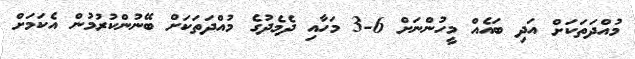
މުއްދަތަކަށް އަދި ބައެއް މީހުންނަށް 6-3 މަހާއި ދެމެދުގެ މުއްދަތަކަށް ބޭނުންކުރުމުން އެކަމަށް